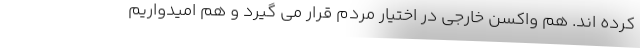
کرده اند. هم واکسن خارجی در اختیار مردم قرار می گیرد و هم امیدواریم